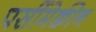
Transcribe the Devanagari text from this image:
पर्सीमेक्वीन